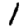
Digit: 1